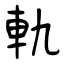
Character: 軌